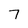
Character: 7